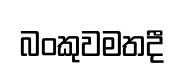
බංකුවමතදී